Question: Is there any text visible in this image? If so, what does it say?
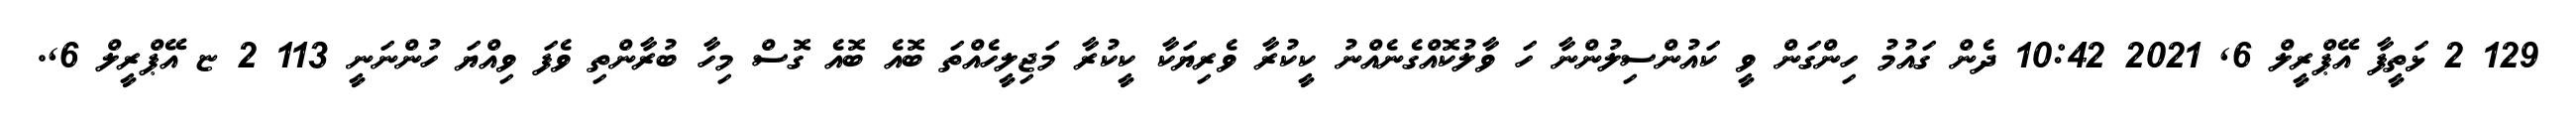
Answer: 129 2 ޅަތީފާ އޭޕްރީލް 6, 2021 10:42 ދެން ގައުމު ހިންގަން ވީ ކައުންސިލުންނާ ހަ ވާލުކޮއްގެނެއްނު ކީކުރާ ވެރިޔަކާ ކީކުރާ މަޖިލީހެއްތަ ބޮއެ ބޮއެ ގޮސް މިހާ ބުރާންތި ވެފަ ވިއްޔަ ހުންނަނީ 113 2 ޏ އޭޕްރީލް 6,.